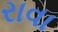
રાવા